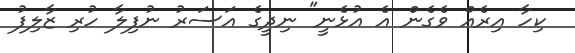
ކިހާ އިރެއް ވެގެން އެ އުޅެނީ" ނިދީގެ އަސަރު ނުފިލާ ހުރި ޒާލިފު